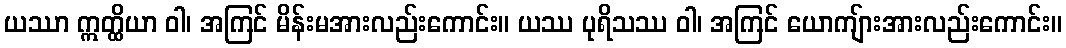
ယဿာ ဣတ္ထိယာ ဝါ၊ အကြင် မိန်းမအားလည်းကောင်း။ ယဿ ပုရိသဿ ဝါ၊ အကြင် ယောကျ်ားအားလည်းကောင်း။